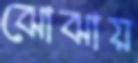
ঝোঝায়